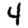
Digit: 4